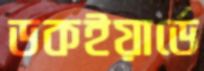
ডকইয়ার্ডে